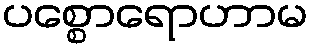
ပစ္စောရောဟာမ